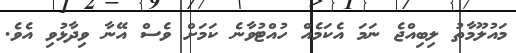
މައުލޫމާތު ލިބިއްޖެ ނަމަ އެކަމެއް ހުއްޓުވާނެ ކަމަށް ވެސް އޭނާ ވިދާޅުވި އެވެ.